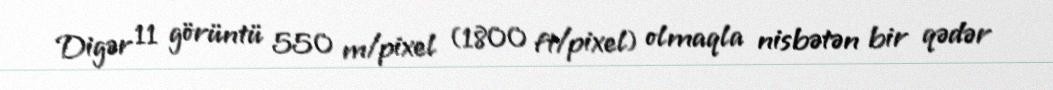
Digər 11 görüntü 550 m/pixel (1800 ft/pixel) olmaqla nisbətən bir qədər